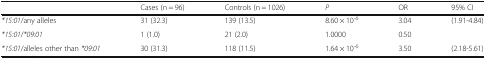
|  | Cases (n = 96) | Controls (n = 1026) | P | OR | 95% CI |
 | --- | --- | --- | --- | --- | --- |
 | *15:01/any alleles | 31 (32.3) | 139 (13.5) | 8.60 × 10-6 | 3.04 | (1.91-4.84) |
 | *15:01/*09:01 | 1 (1.0) | 21 (2.0) | 1.0000 | 0.50 |  |
 | *15:01/alleles other than *09:01 | 30 (31.3) | 118 (11.5) | 1.64 × 10-6 | 3.50 | (2.18-5.61) |